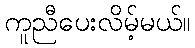
ကူညီပေးလိမ့်မယ်။